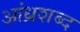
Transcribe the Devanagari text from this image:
आंध्रशब्द